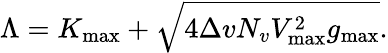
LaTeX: \Lambda=K_{\operatorname*{max}}+\sqrt{4\Delta vN_{v}V_{\operatorname*{max}}^{2}g_{\operatorname*{max}}}.